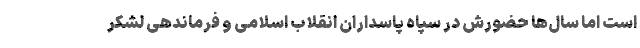
است اما سال‌ها حضورش در سپاه پاسداران انقلاب اسلامی و فرماندهی لشکر